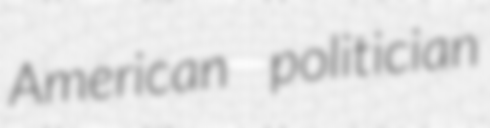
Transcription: American politician